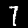
Digit: 7